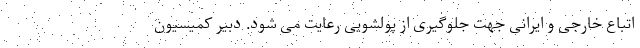
اتباع خارجی و ایرانی جهت جلوگیری از پولشویی رعایت می شود. دبیر کمیسیون